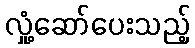
လှုံ့ဆော်ပေးသည့်